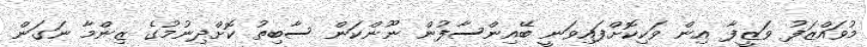
މުވައްޒަފު ވަޒީފާ އިން ވަކިކޮށްފައިވަނީ ބޭއިންސާފުން ނޫންކަން ސާބިތު ކޮށްދިނުމުގެ ޒިންމާ ނަގަން